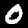
Digit: 0